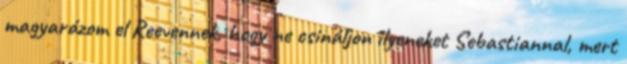
magyarázom el Reevennek, hogy ne csináljon ilyeneket Sebastiannal, mert